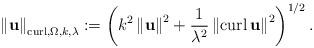
LaTeX: \begin{align*}\left\Vert \mathbf{u}\right\Vert _{\operatorname*{curl},\Omega,k,\lambda}:=\left( k^{2}\left\Vert \mathbf{u}\right\Vert ^{2}+\frac{1}{\lambda^{2}}\left\Vert \operatorname*{curl}\mathbf{u}\right\Vert ^{2}\right) ^{1/2}.\end{align*}